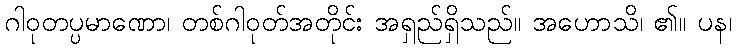
ဂါဝုတပ္ပမာဏော၊ တစ်ဂါဝုတ်အတိုင်း အရှည်ရှိသည်။ အဟောသိ၊ ၏။ ပန၊